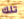
تلك